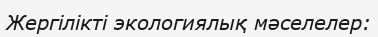
Жергілікті экологиялық мәселелер: